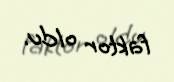
faktor oldu.